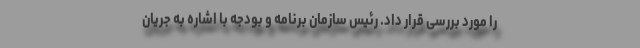
را مورد بررسی قرار داد. رئیس سازمان برنامه و بودجه با اشاره به جریان